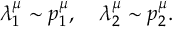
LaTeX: \lambda _ { 1 } ^ { \mu } \sim p _ { 1 } ^ { \mu } , \quad \lambda _ { 2 } ^ { \mu } \sim p _ { 2 } ^ { \mu } .